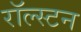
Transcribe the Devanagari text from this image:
रॉल्स्टन